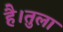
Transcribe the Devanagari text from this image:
है।तुला